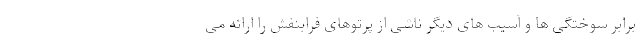
برابر سوختگی ها و آسیب های دیگر ناشی از پرتوهای فرابنفش را ارائه می